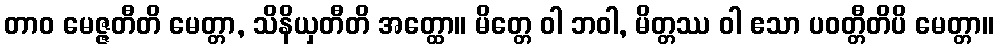
တာဝ မေဇ္ဇတီတိ မေတ္တာ, သိနိယှတီတိ အတ္ထော။ မိတ္တေ ဝါ ဘဝါ, မိတ္တဿ ဝါ ဧသာ ပဝတ္တီတိပိ မေတ္တာ။